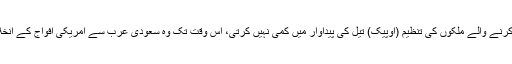
میڈیارپورٹس کے مطابق ٹرمپ نے کہاکہ جب تک تیل برآمد کرنے والے ملکوں کی تنظیم (اوپیک) تیل کی پیداوار میں کمی نہیں کرتی، اس وقت تک وہ سعودی عرب سے امریکی افواج کے انخلا کے حوالے سے قانونسازی روکنے میں بے اختیار ہوں گے۔